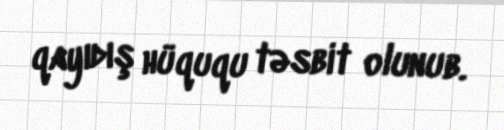
qayıdış hüququ təsbit olunub.